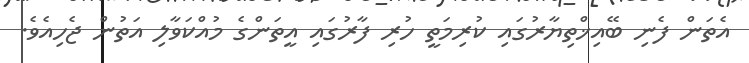
އެތަން ފެނި ބޭއިޚްތިޔާރުގައި ކުރިމަތީ ހުރި ފާރުގައި އީތަންގެ މުއްކަވާލި އަތުން ޖެހިއެވެ.